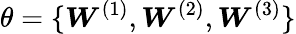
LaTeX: \theta=\{ {\boldsymbol{W}}^{(1)},{\boldsymbol{W}}^{(2)},{\boldsymbol{W}}^{(3)}\}